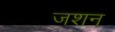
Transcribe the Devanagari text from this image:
जशन